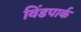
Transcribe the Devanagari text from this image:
विंडपार्क